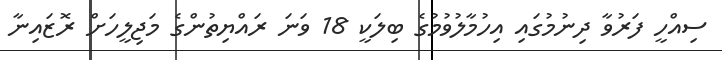
ސިއްހީ ފަރުވާ ދިނުމުގައި އިހުމާލުވުމުގެ ބިލަކީ 18 ވަނަ ރައްޔިތުންގެ މަޖިލީހަށް ރޮޒައިނާ